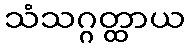
သံသဂ္ဂတ္ထာယ